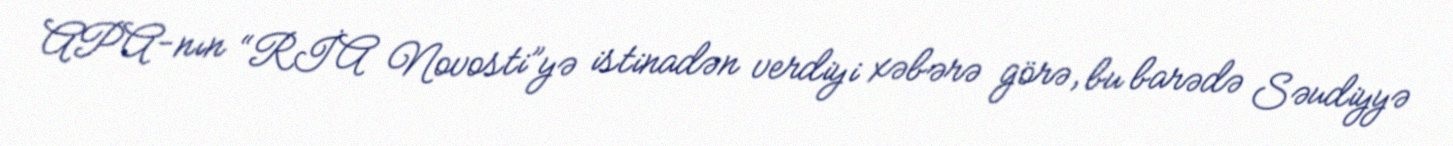
APA-nın “RİA Novosti”yə istinadən verdiyi xəbərə görə, bu barədə Səudiyyə